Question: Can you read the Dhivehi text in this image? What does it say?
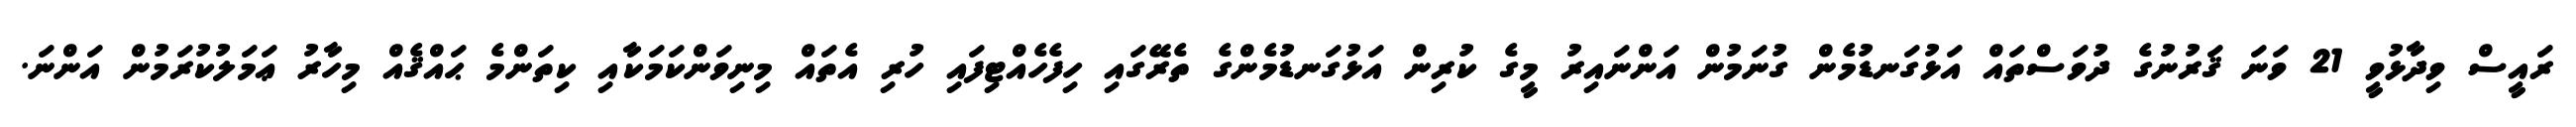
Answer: ރައީސް ވިދާޅުވީ 21 ވަނަ ޤަރުނުގެ ދުވަސްތައް އަޅުގަނޑުމެން ގުނަމުން އަންނައިރު މީގެ ކުރިން އަޅުގަނޑުމެންގެ ތެރޭގައި ހިފެހެއްޓިފައި ހުރި އެތައް މިނިވަންކަމަކާއި ކިތަންމެ ޙައްޤެއް މިހާރު ޢަމަލުކުރަމުން އަންނަ.